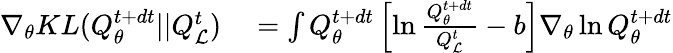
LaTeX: \begin{array}{rl}{\nabla_{\theta}KL(Q_{\theta}^{t+dt}||Q_{\mathcal{L}}^{t})}&{{}=\int Q_{\theta}^{t+dt}\left[\ln\frac{Q_{\theta}^{t+dt}}{Q_{\mathcal{L}}^{t}}-b\right]\nabla_{\theta}\ln Q_{\theta}^{t+dt}}\end{array}